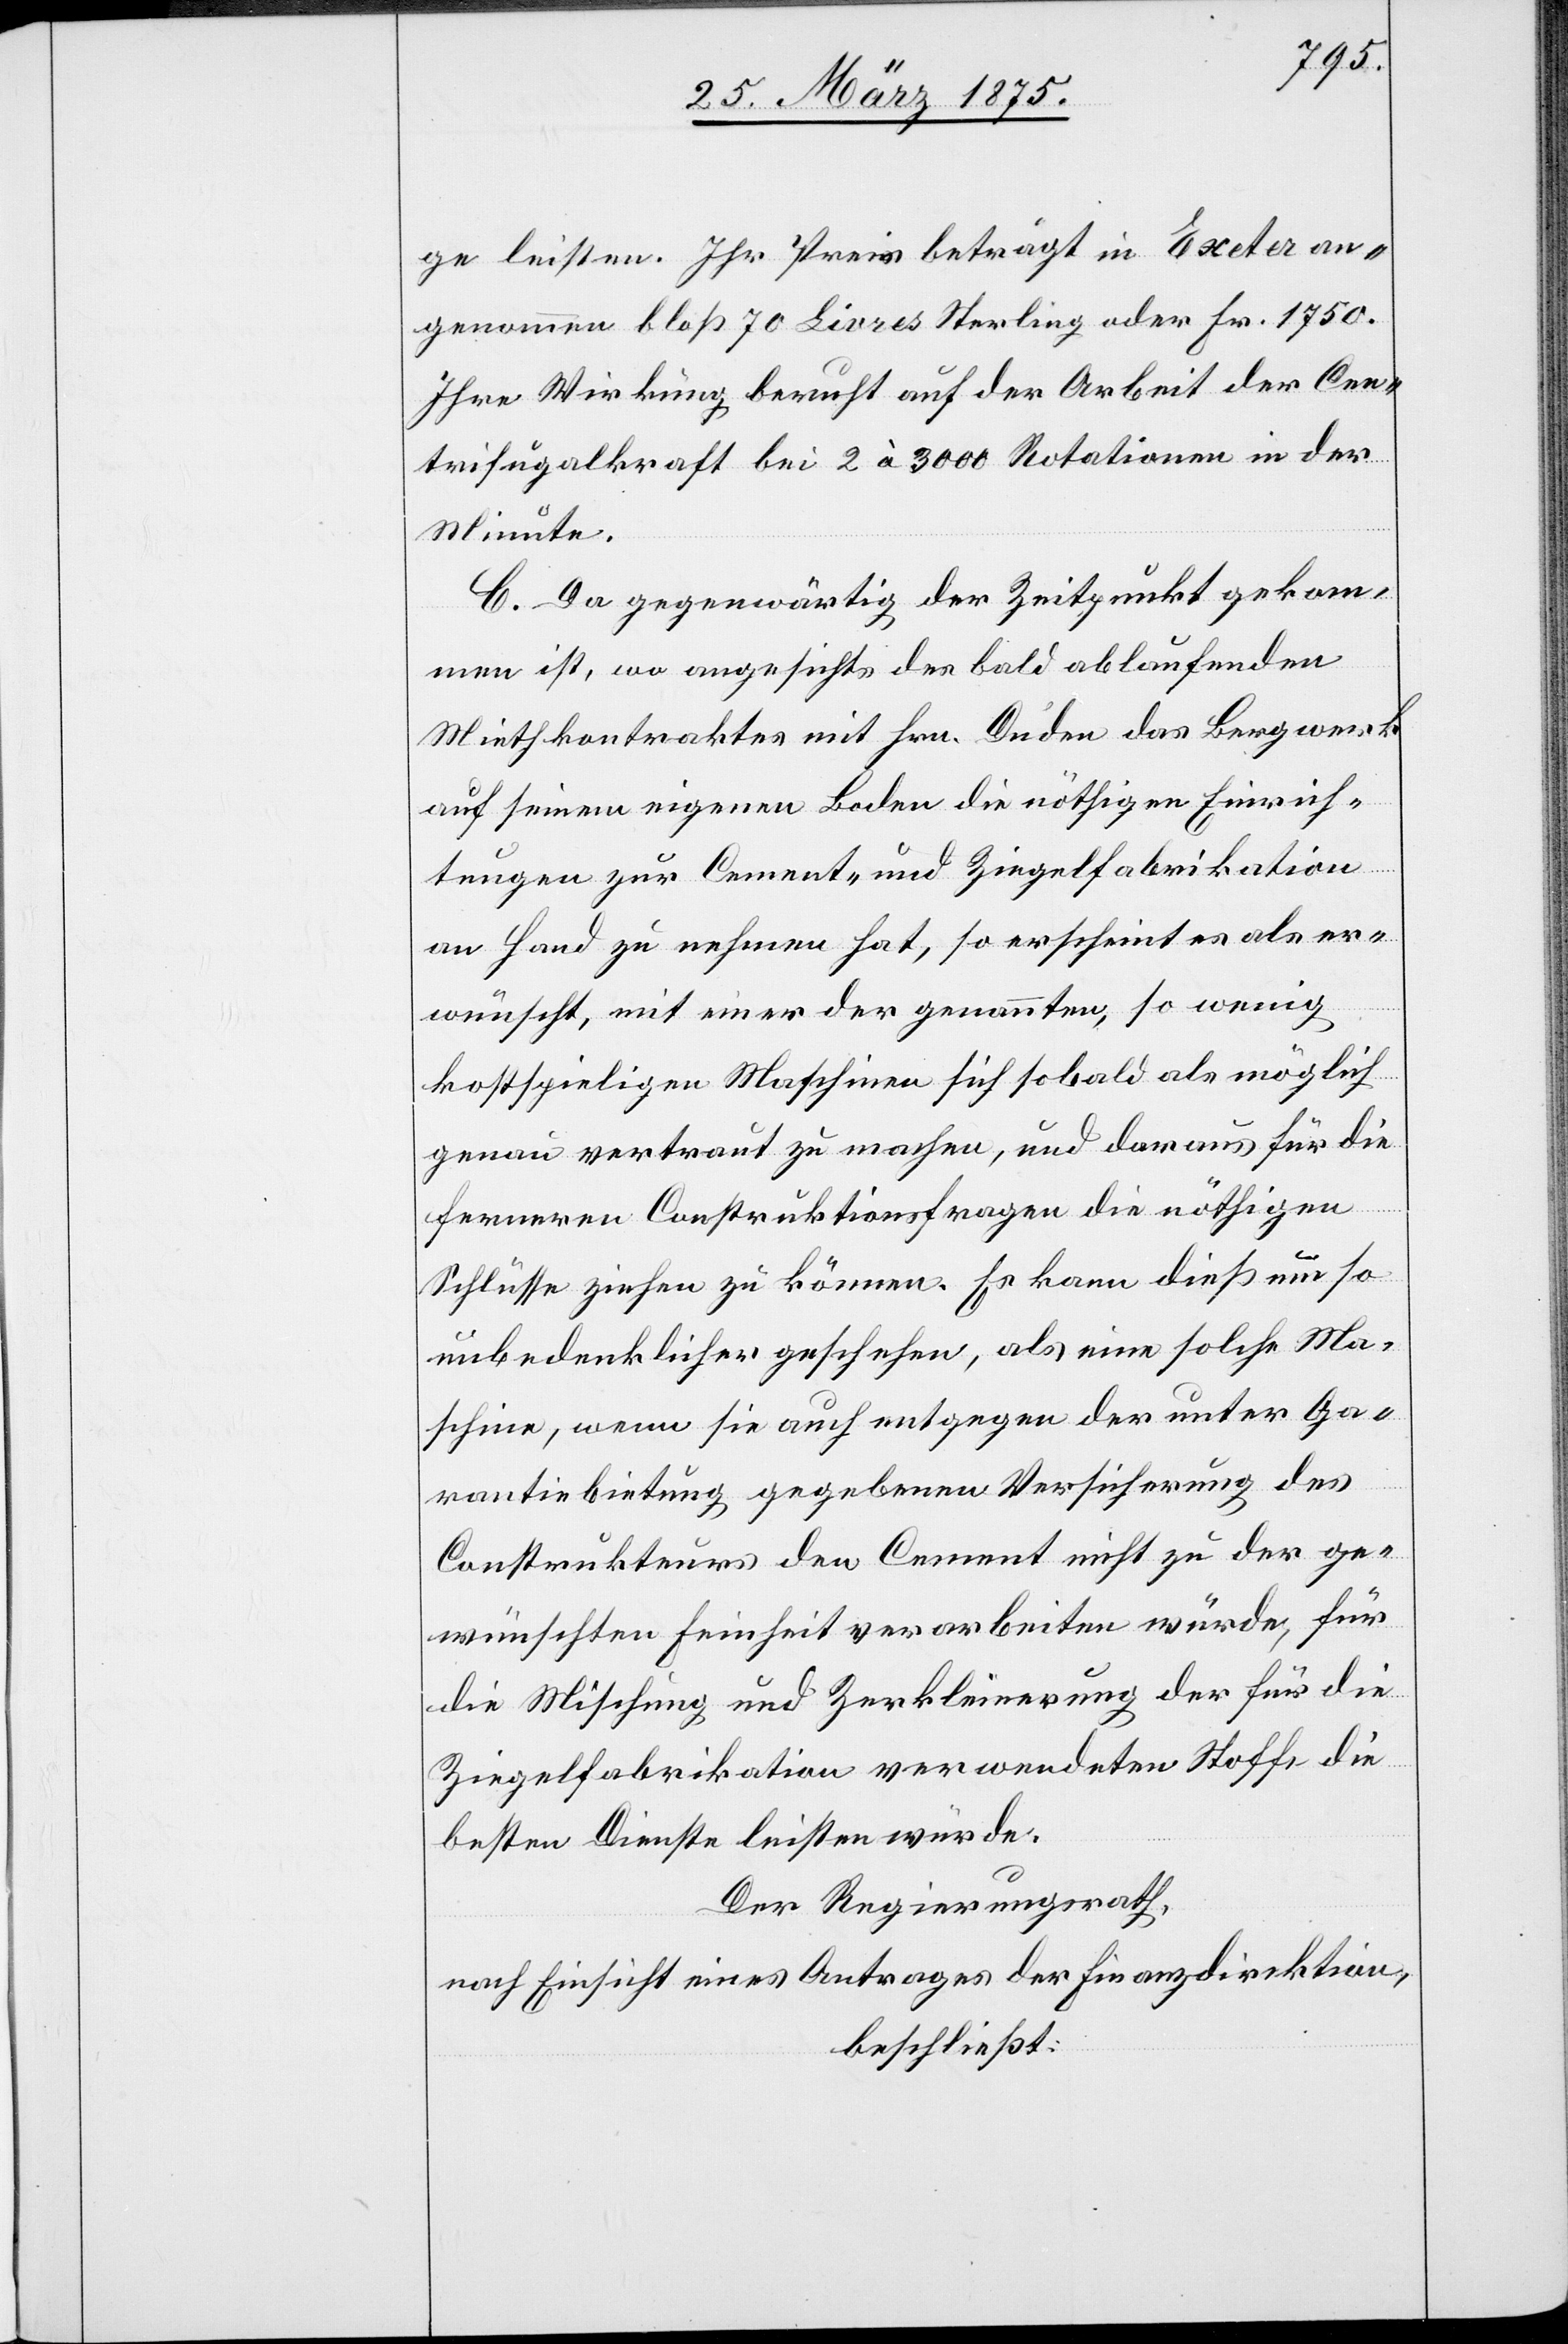
ge leisten. Ihr Preis beträgt in Exeter an¬
genommen bloß 70 Livres Sterling oder Fr. 1750.
Ihre Wirkung beruht auf der Arbeit der Cen¬
trifugalkraft bei 2 à 3000 Rotationen in der
Minute.
C. Da gegenwärtig der Zeitpunkt gekom¬
men ist, wo angesichts des bald ablaufenden
Miethkontaktes mit Hrn. Duden das Bergwerk
auf seinem eigenen Boden die nöthigen Einrich¬
tungen zur Cement- und Ziegelfabrikation
an Hand zu nehmen hat, so erscheint es als er¬
wünscht, mit einer der genannten, so wenig
kostspieligen Maschinen sich sobald als möglich
genau vertraut zu machen, und daraus für die
ferneren Construktionsfragen die nöthigen
Schlüsse ziehen zu können. Es kann dieß um so
unbedenklicher geschehen, als eine solche Ma¬
schine, wenn sie auch entgegen der unter Ga¬
rantiebietung gegebenen Versicherung des
Construkteurs den Cement nicht zu der ge¬
wünschten Feinheit verarbeiten würde, für
die Mischung und Zerkleinerung der für die
Ziegelfabrikation verwendeten Stoffe die
besten Dienste leisten würde.
Der Regierungsrath,
nach Einsicht eines Antrages der Finanzdirektion,
beschließt: